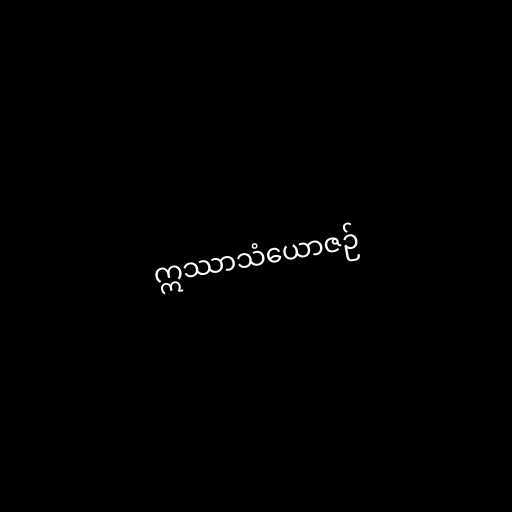
ဣဿာသံယောဇဉ်